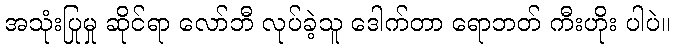
အသုံးပြုမှု ဆိုင်ရာ လော်ဘီ လုပ်ခဲ့သူ ဒေါက်တာ ရောဘတ် ကီးဟိုး ပါပဲ။